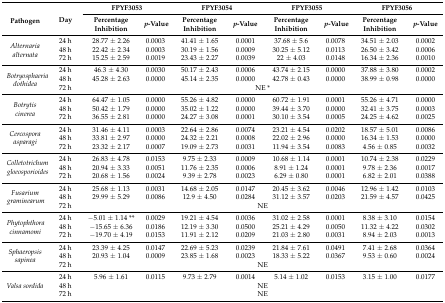
<table><thead><tr><td rowspan="2"><b>Pathogen</b></td><td rowspan="2"><b>Day</b></td><td colspan="2"><b>FPYF3053</b></td><td colspan="2"><b>FPYF3054</b></td><td colspan="2"><b>FPYF3055</b></td><td colspan="2"><b>FPYF3056</b></td></tr><tr><td><b>Percentage Inhibition</b></td><td><b><i>p</i>-Value</b></td><td><b>Percentage Inhibition</b></td><td><b><i>p</i>-Value</b></td><td><b>Percentage Inhibition</b></td><td><b><i>p</i>-Value</b></td><td><b>Percentage Inhibition</b></td><td><b><i>p</i>-Value</b></td></tr></thead><tbody><tr><td rowspan="3"><i>Alternaria alternata</i></td><td>24 h</td><td>28.77 ± 2.26</td><td>0.0003</td><td>41.41 ± 1.65</td><td>0.0001</td><td>37.68 ± 5.6</td><td>0.0078</td><td>34.51 ± 2.03</td><td>0.0002</td></tr><tr><td>48 h</td><td>22.42 ± 2.34</td><td>0.0003</td><td>30.19 ± 1.56</td><td>0.0009</td><td>30.25 ± 5.12</td><td>0.0113</td><td>26.50 ± 3.42</td><td>0.0006</td></tr><tr><td>72 h</td><td>15.25 ± 2.59</td><td>0.0019</td><td>23.43 ± 2.27</td><td>0.0039</td><td>22 ± 4.03</td><td>0.0148</td><td>16.34 ± 2.36</td><td>0.0010</td></tr><tr><td rowspan="3"><i>Botryosphaeria dothidea</i></td><td>24 h</td><td>46.3 ± 4.30</td><td>0.0030</td><td>50.17 ± 2.43</td><td>0.0006</td><td>43.74 ± 2.15</td><td>0.0000</td><td>37.88 ± 3.80</td><td>0.0002</td></tr><tr><td>48 h</td><td>45.28 ± 2.63</td><td>0.0000</td><td>45.14 ± 2.35</td><td>0.0000</td><td>42.78 ± 0.43</td><td>0.0000</td><td>38.99 ± 0.98</td><td>0.0000</td></tr><tr><td>72 h</td><td colspan="8">NE *</td></tr><tr><td rowspan="3"><i>Botrytis cinerea</i></td><td>24 h</td><td>64.47 ± 1.05</td><td>0.0000</td><td>55.26 ± 4.82</td><td>0.0000</td><td>60.72 ± 1.91</td><td>0.0001</td><td>55.26 ± 4.71</td><td>0.0000</td></tr><tr><td>48 h</td><td>50.42 ± 1.79</td><td>0.0000</td><td>35.02 ± 1.22</td><td>0.0000</td><td>39.44 ± 3.70</td><td>0.0000</td><td>32.41 ± 3.75</td><td>0.0003</td></tr><tr><td>72 h</td><td>36.55 ± 2.81</td><td>0.0000</td><td>24.27 ± 3.08</td><td>0.0001</td><td>30.10 ± 3.54</td><td>0.0005</td><td>24.25 ± 4.62</td><td>0.0025</td></tr><tr><td rowspan="3"><i>Cercospora asparagi</i></td><td>24 h</td><td>31.46 ± 4.11</td><td>0.0003</td><td>22.64 ± 2.86</td><td>0.0074</td><td>23.21 ± 4.54</td><td>0.0202</td><td>18.57 ± 5.01</td><td>0.0086</td></tr><tr><td>48 h</td><td>33.81 ± 2.97</td><td>0.0000</td><td>24.32 ± 2.21</td><td>0.0008</td><td>22.02 ± 2.96</td><td>0.0000</td><td>16.34 ± 1.53</td><td>0.0000</td></tr><tr><td>72 h</td><td>23.32 ± 2.17</td><td>0.0007</td><td>19.09 ± 2.73</td><td>0.0031</td><td>11.94 ± 3.54</td><td>0.0083</td><td>4.56 ± 0.85</td><td>0.0032</td></tr><tr><td rowspan="3"><i>Colletotrichum gloeosporioides</i></td><td>24 h</td><td>26.83 ± 4.78</td><td>0.0153</td><td>9.75 ± 2.33</td><td>0.0009</td><td>10.68 ± 1.14</td><td>0.0001</td><td>10.74 ± 2.38</td><td>0.0229</td></tr><tr><td>48 h</td><td>20.94 ± 3.33</td><td>0.0051</td><td>11.76 ± 2.35</td><td>0.0006</td><td>8.91 ± 1.24</td><td>0.0001</td><td>9.78 ± 2.36</td><td>0.0017</td></tr><tr><td>72 h</td><td>20.68 ± 1.56</td><td>0.0024</td><td>9.39 ± 2.78</td><td>0.0023</td><td>6.29 ± 0.80</td><td>0.0001</td><td>6.82 ± 2.01</td><td>0.0388</td></tr><tr><td rowspan="3"><i>Fusarium graminearum</i></td><td>24 h</td><td>25.68 ± 1.13</td><td>0.0031</td><td>14.68 ± 2.05</td><td>0.0147</td><td>20.45 ± 3.62</td><td>0.0046</td><td>12.96 ± 1.42</td><td>0.0103</td></tr><tr><td>48 h</td><td>29.99 ± 5.29</td><td>0.0086</td><td>12.9 ± 4.50</td><td>0.0284</td><td>31.12 ± 3.57</td><td>0.0203</td><td>21.59 ± 4.57</td><td>0.0425</td></tr><tr><td>72 h</td><td colspan="8">NE</td></tr><tr><td rowspan="3"><i>Phytophthora cinnamomi</i></td><td>24 h</td><td>−5.01 ± 1.14 **</td><td>0.0029</td><td>19.21 ± 4.54</td><td>0.0036</td><td>31.02 ± 2.58</td><td>0.0001</td><td>8.38 ± 3.10</td><td>0.0154</td></tr><tr><td>48 h</td><td>−15.65 ± 6.36</td><td>0.0186</td><td>12.19 ± 3.30</td><td>0.0500</td><td>25.21 ± 4.29</td><td>0.0050</td><td>11.32 ± 4.22</td><td>0.0302</td></tr><tr><td>72 h</td><td>−19.70 ± 4.19</td><td>0.0153</td><td>11.91 ± 2.12</td><td>0.0209</td><td>21.03 ± 2.80</td><td>0.0031</td><td>8.94 ± 2.03</td><td>0.0013</td></tr><tr><td rowspan="3"><i>Sphaeropsis sapinea</i></td><td>24 h</td><td>23.39 ± 4.25</td><td>0.0147</td><td>22.69 ± 5.23</td><td>0.0239</td><td>21.84 ± 7.61</td><td>0.0491</td><td>7.41 ± 2.68</td><td>0.0364</td></tr><tr><td>48 h</td><td>20.93 ± 1.04</td><td>0.0009</td><td>23.85 ± 1.68</td><td>0.0023</td><td>18.33 ± 5.22</td><td>0.0367</td><td>9.53 ± 0.60</td><td>0.0024</td></tr><tr><td>72 h</td><td colspan="8">NE</td></tr><tr><td rowspan="3"><i>Valsa sordida</i></td><td>24 h</td><td>5.96 ± 1.61</td><td>0.0115</td><td>9.73 ± 2.79</td><td>0.0014</td><td>5.14 ± 1.02</td><td>0.0153</td><td>3.15 ± 1.00</td><td>0.0177</td></tr><tr><td>48 h</td><td colspan="8">NE</td></tr><tr><td>72 h</td><td colspan="8">NE</td></tr></tbody></table>